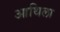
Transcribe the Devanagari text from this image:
आथिला